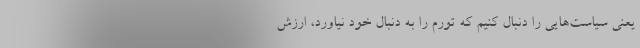
یعنی سیاست‌هایی را دنبال کنیم که تورم را به دنبال خود نیاورد، ارزش